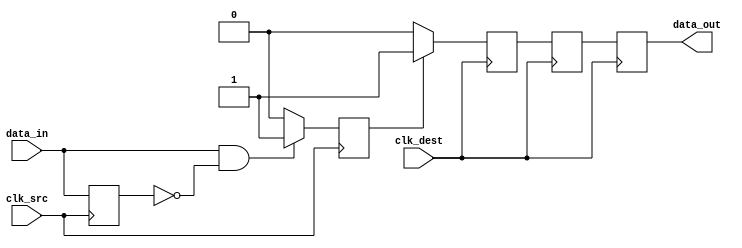
module pulsed_synchronizer (
    input wire clk_src,       // Source clock
    input wire clk_dest,      // Destination clock
    input wire data_in,       // Asynchronous input signal
    output reg data_out       // Synchronized output signal
);

    // Parameters for pulse width
    parameter PULSE_WIDTH = 2; // Adjust this value as needed for pulse width

    // Internal signals
    reg pulse;
    reg data_in_d1;           // Delayed version of data_in for edge detection
    reg sync_ff1;             // First synchronizer flip-flop
    reg sync_ff2;             // Second synchronizer flip-flop

    // Pulse generation logic
    always @(posedge clk_src) begin
        // Detect rising edge of data_in
        if (data_in && !data_in_d1) begin
            pulse <= 1'b1; // Generate pulse
        end else begin
            pulse <= 1'b0; // Clear pulse
        end
        data_in_d1 <= data_in; // Update delayed signal
    end

    // Synchronization logic on destination clock
    always @(posedge clk_dest) begin
        // Generate a narrow pulse for synchronization
        if (pulse) begin
            sync_ff1 <= 1'b1; // Latch the pulse in the first flip-flop
        end else begin
            sync_ff1 <= 1'b0; // Clear the first flip-flop
        end

        // Second flip-flop to synchronize the signal
        sync_ff2 <= sync_ff1; // Synchronize the output to the destination clock
    end

    // Output assignment
    always @(posedge clk_dest) begin
        data_out <= sync_ff2; // Assign synchronized output
    end

endmodule